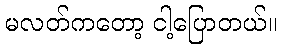
မလတ်ကတော့ ငါ့ပြောတယ်။